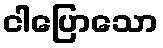
ငါပြောသော